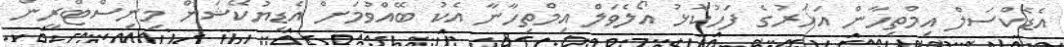
އެޑެކްސަލް އިމްތިހާން އަހަރުގެ ފަހުކޮޅު އޯލެވަލް އިމްތިހާނާ އެކު ބޭއްވުމަށް އެޑިޔުކޭޝަން މިނިސްޓްރީން